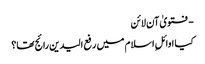
- فتویٰ آن لائن
کیا اوائلِ اسلام میں‌ رفع الیدین رائج تھا؟